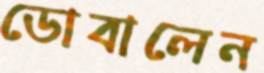
ডোবালেন